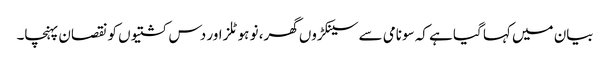
بیان میں کہا گیا ہے کہ سونامی سے سینکڑوں گھر، نو ہوٹلز اور دس کشتیوں کو نقصان پہنچا۔